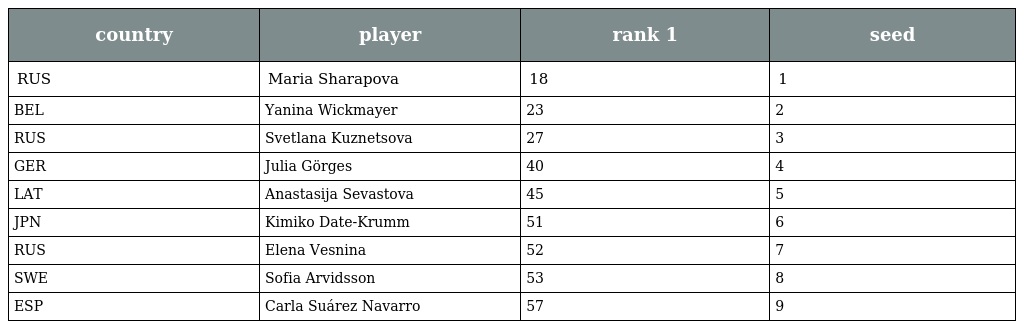
| country | player | rank 1 | seed |
 | --- | --- | --- | --- |
 | RUS | Maria Sharapova | 18 | 1 |
 | BEL | Yanina Wickmayer | 23 | 2 |
 | RUS | Svetlana Kuznetsova | 27 | 3 |
 | GER | Julia Görges | 40 | 4 |
 | LAT | Anastasija Sevastova | 45 | 5 |
 | JPN | Kimiko Date-Krumm | 51 | 6 |
 | RUS | Elena Vesnina | 52 | 7 |
 | SWE | Sofia Arvidsson | 53 | 8 |
 | ESP | Carla Suárez Navarro | 57 | 9 |